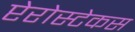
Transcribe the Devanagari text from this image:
प्टेरोस्टेकस